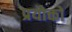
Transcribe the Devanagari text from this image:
प्रयोक्तों